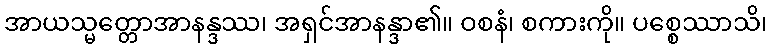
အာယသ္မတ္တောအာနန္ဒဿ၊ အရှင်အာနန္ဒာ၏။ ဝစနံ၊ စကားကို။ ပစ္စေဿာသိ၊